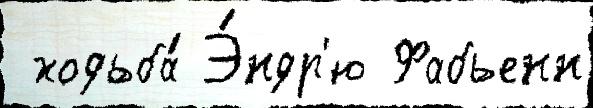
 ходьба́ Э́ндр'ю Фабьенн